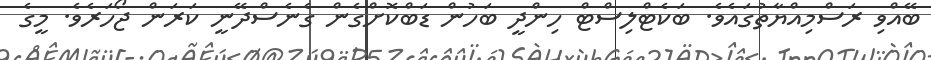
ބޭއްވި ރަސްމިއްޔާތުގައެވެ. ބަކެޓްލިސްޓް ހިންދީ ބަހުން ޑަބްކޮށްގެން ގެނެސްދޭނީ ކަރަން ޖޯހަރެވެ. މީގެ